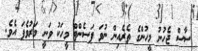
ސާސް ޖެހުނު މީހުންގެ ތެރެއިން ނުވަ ޕަސެންޓް މީހަކު ވަނީ މަރުވެފަ އެވެ.